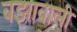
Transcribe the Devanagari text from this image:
बझावाली